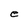
Character: e